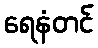
ရေနံတင်